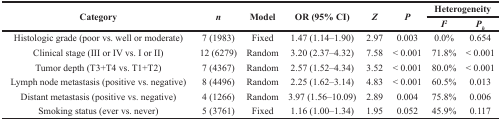
| <ROWSPAN=2> Category | <ROWSPAN=2> n | <ROWSPAN=2> Model | <ROWSPAN=2> OR (95% CI) | <ROWSPAN=2> Z | <ROWSPAN=2> P | <COLSPAN=2> Heterogeneity |
 | I2 | Ph |
 | --- | --- | --- | --- | --- | --- | --- | --- |
 | Histologic grade (poor vs. well or moderate) | 7 (1983) | Fixed | 1.47 (1.14–1.90) | 2.97 | 0.003 | 0.0% | 0.654 |
 | Clinical stage (III or IV vs. I or II) | 12 (6279) | Random | 3.20 (2.37–4.32) | 7.58 | < 0.001 | 71.8% | < 0.001 |
 | Tumor depth (T3+T4 vs. T1+T2) | 7 (4367) | Random | 2.57 (1.52–4.34) | 3.52 | < 0.001 | 80.0% | < 0.001 |
 | Lymph node metastasis (positive vs. negative) | 8 (4496) | Random | 2.25 (1.62–3.14) | 4.83 | < 0.001 | 60.5% | 0.013 |
 | Distant metastasis (positive vs. negative) | 4 (1266) | Random | 3.97 (1.56–10.09) | 2.89 | 0.004 | 75.8% | 0.006 |
 | Smoking status (ever vs. never) | 5 (3761) | Fixed | 1.16 (1.00–1.34) | 1.95 | 0.052 | 45.9% | 0.117 |